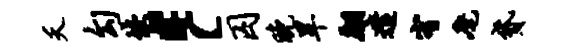
夭勾恢，c囚晚旱翩遣宥麾贷